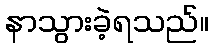
နာသွားခဲ့ရသည်။